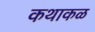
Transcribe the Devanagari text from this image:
कथाकळ